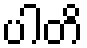
ပါတိ